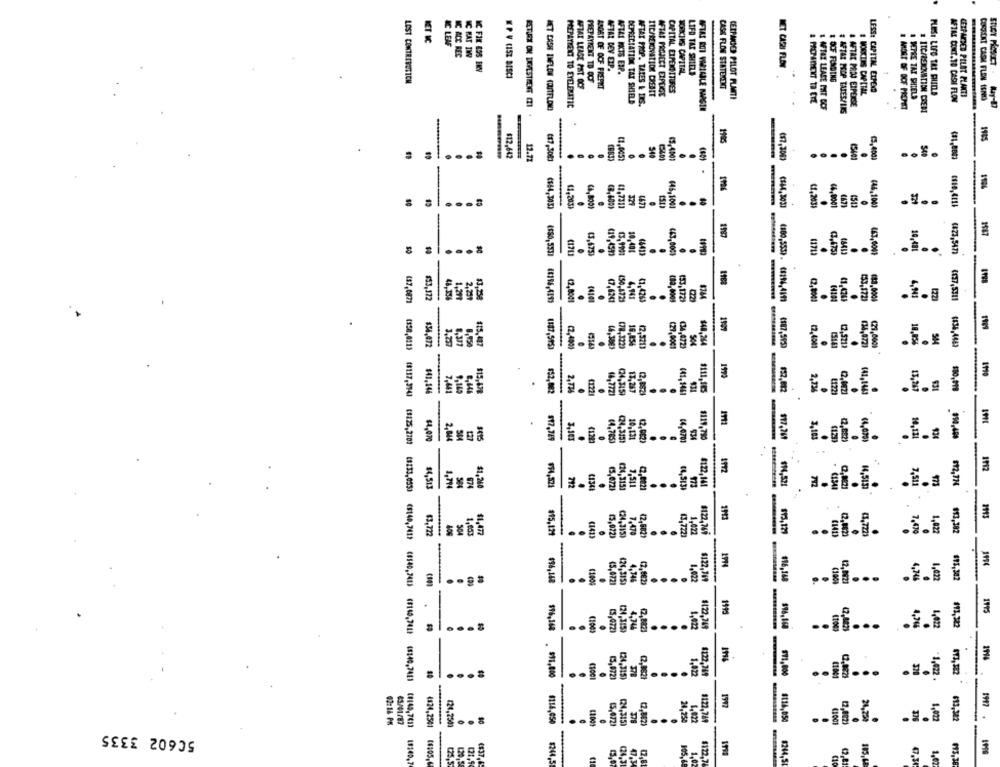
MET IC
&C LEAF
NC ACC REC
IC KAT IN
-
IC FIN 495 ENV
AFTAL DEY EXP.
AFTAL IKTS EXP.
KEKIKS CAPITAL
LIFO TAX SHIELD
EP V CISZ DISCO
LOST CONTREROTICH
AFIAT LEASE PIST OCF
PREPAYMENT TD OCF
ABORT OF OOF FREPHI
CASE FLOW STATEMENT
& OLF FUNDING
ITC/REKONATIOR DRESET
NETAS PROJECT ERPENGE
CAPITAL EXPENDITURES
# WORKING CAPITAL
LESS: CAPITAL ETPEXD
PLUSI LOFO TAR CHIELA
CETPAESED PILOT PLANTI
DEPRECIATION TAX SHIELD
CETPAGES PILOT PLATTE
1 METRE TAX SHIELD
AFTAL CONT.TO CASH FLOW
CURRENT CASE FLEN LENO
PREPAYMENT TO EYELEMATIC
NFTAT PROP. TAISS & TES.
AFTAS BOT VARIABLE MARGIN
& AFTAZ LEASE PAT DCF
& AFTAR PROJ EIPENSE
RETURN ON LAVESTRENT Z1.
& AFTAR PROP TALES/IMG
# ITC/RENOVATION CREDI
1985
$12,647
12.71
($7,300)
.
(1,203)
41.7311
und wennm
(344,3037
.
14,0001
447
(541
(46,1000
-
1147
.
(3,675)
.
(19,459)
13,9907
10,401
..
463,0001
10,481
$53,172
44,394
1,219
13.258
(2,8001
.
.
<1,4263
133,1729
.
.
153,172)
183,0001
.
1989
$34,472
8.377
8.950
$15.427
(187,505)
(2,400)
.
(78,322)
(2,520)
(27,0001
(34,472)
$48,264
(187,595)
.
12.521)
.
(34,472)
(21,000)
.
10,856
$41,146
7,441
9,149
$15,478
$52,002
2.TH
14,7721
(24,345)
$52,012
2,73%
.
1122
(2,002)
13,247
€1221
-
3,103
.
10,131
44,0701
$119,780
3,103
(2,882)
10,131
$4,070
2.844
€1223
(4,785)
(24,3151
-
-
$4,51
.
7,511
8122,141
$14,521
7,511
674
CI34I
(5,672)
(24,315]
C2,2822
. (1340
$122.769
1,027
$13,382
$3,722
504
1,603
11.477
$95,129
(141)
7.470
(2,582)
(3,722)
1,422
$15,129
(3,722)
7,470
496,168
11005
45,022]
4,746
(2.882)
1.022
$122,769
196,148
(100
12,002)
.
4,746
1,422
-
1175
.
4,744
.
1.022
$122,749
(2,882)
..
4,7%
1,022
(5,072)
(24,3:5)
.
1916
$11,800
(24,315)
12.8827
1.022
$122,769
$71,000
13,322
(5,972)
1,022 .
E
02:16 PM
65/01 /87
4116,050
(24,315)
(2,882)
24,250
1.072
$122,769
#118,050
24,250
1,022
693.322
50602 3335
(37,0071 (150,011) (8117,394] (8125,270) (8233,055) (8140,741) (8540,741) (3160,741) (*140,7421 (#140,761)
4324,2501
124,2503
15,072)
(1105,6
($37
1,02
1,02
$122,7
$244,51
(10